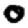
Digit: 0